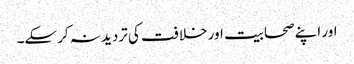
اور اپنے صحابیت اور خلافت کی تردید نہ کرسکے۔